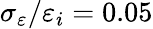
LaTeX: \sigma_{\varepsilon}/\varepsilon_{i}=0.05